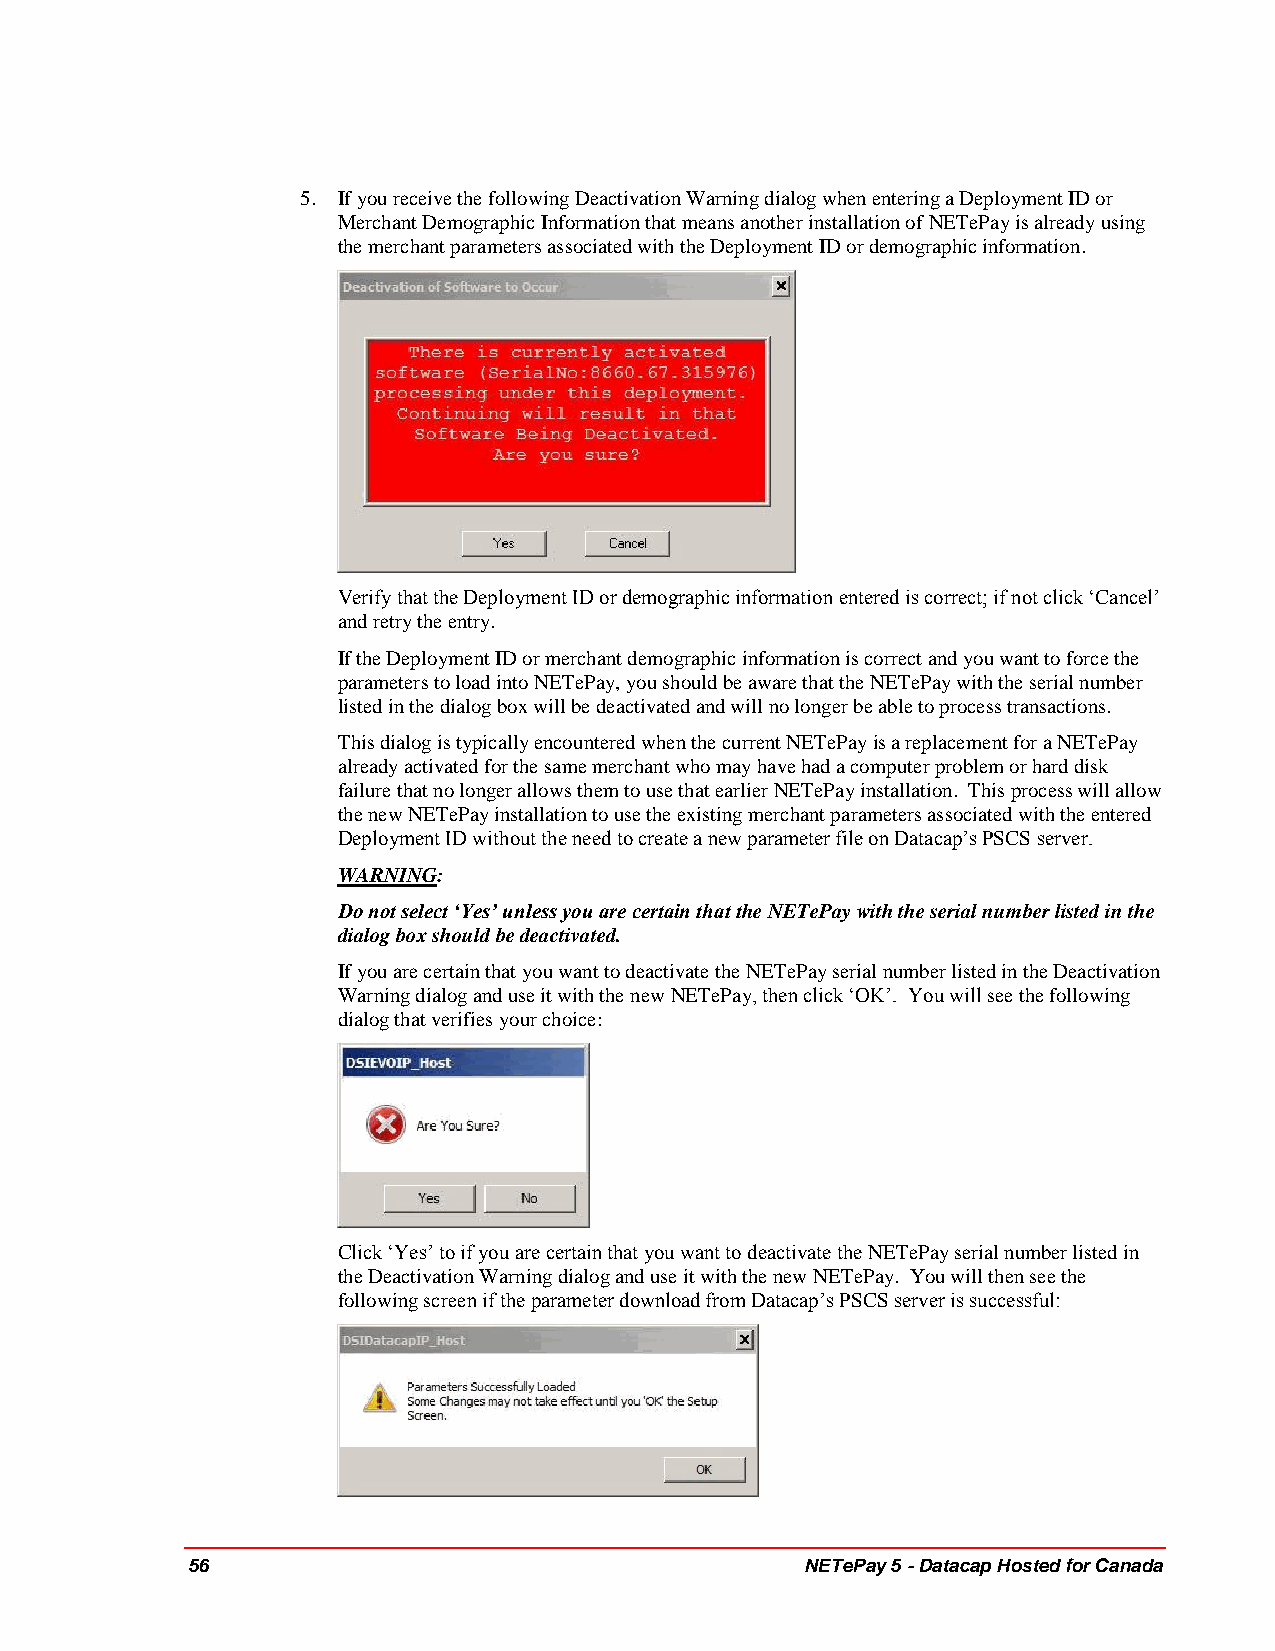
5. If you receive the following Deactivation Warning dialog when entering a Deployment ID or
 Merchant Demographic Information that means another installation of NETePay is already using
 the merchant parameters associated with the Deployment ID or demographic information.
 Verify that the Deployment ID or demographic information entered is correct; if not click ‘Cancel’
 and retry the entry.
 If the Deployment ID or merchant demographic information is correct and you want to force the
 parameters to load into NETePay, you should be aware that the NETePay with the serial number
 listed in the dialog box will be deactivated and will no longer be able to process transactions.
 This dialog is typically encountered when the current NETePay is a replacement for a NETePay
 already activated for the same merchant who may have had a computer problem or hard disk
 failure that no longer allows them to use that earlier NETePay installation. This process will allow
 the new NETePay installation to use the existing merchant parameters associated with the entered
 Deployment ID without the need to create a new parameter file on Datacap’s PSCS server.
 WARNING:
 Do not select ‘Yes’ unless you are certain that the NETePay with the serial number listed in the
 dialog box should be deactivated.
 If you are certain that you want to deactivate the NETePay serial number listed in the Deactivation
 Warning dialog and use it with the new NETePay, then click ‘OK’. You will see the following
 dialog that verifies your choice:
 Click ‘Yes’ to if you are certain that you want to deactivate the NETePay serial number listed in
 the Deactivation Warning dialog and use it with the new NETePay. You will then see the
 following screen if the parameter download from Datacap’s PSCS server is successful:
 56                                       NETePay 5 - Datacap Hosted for Canada